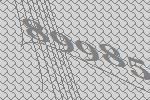
89985